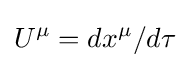
U^{\mu }=dx^{\mu }/d\tau